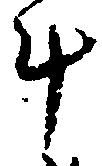
斗